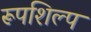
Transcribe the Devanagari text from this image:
रूपशिल्प